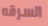
السرقه